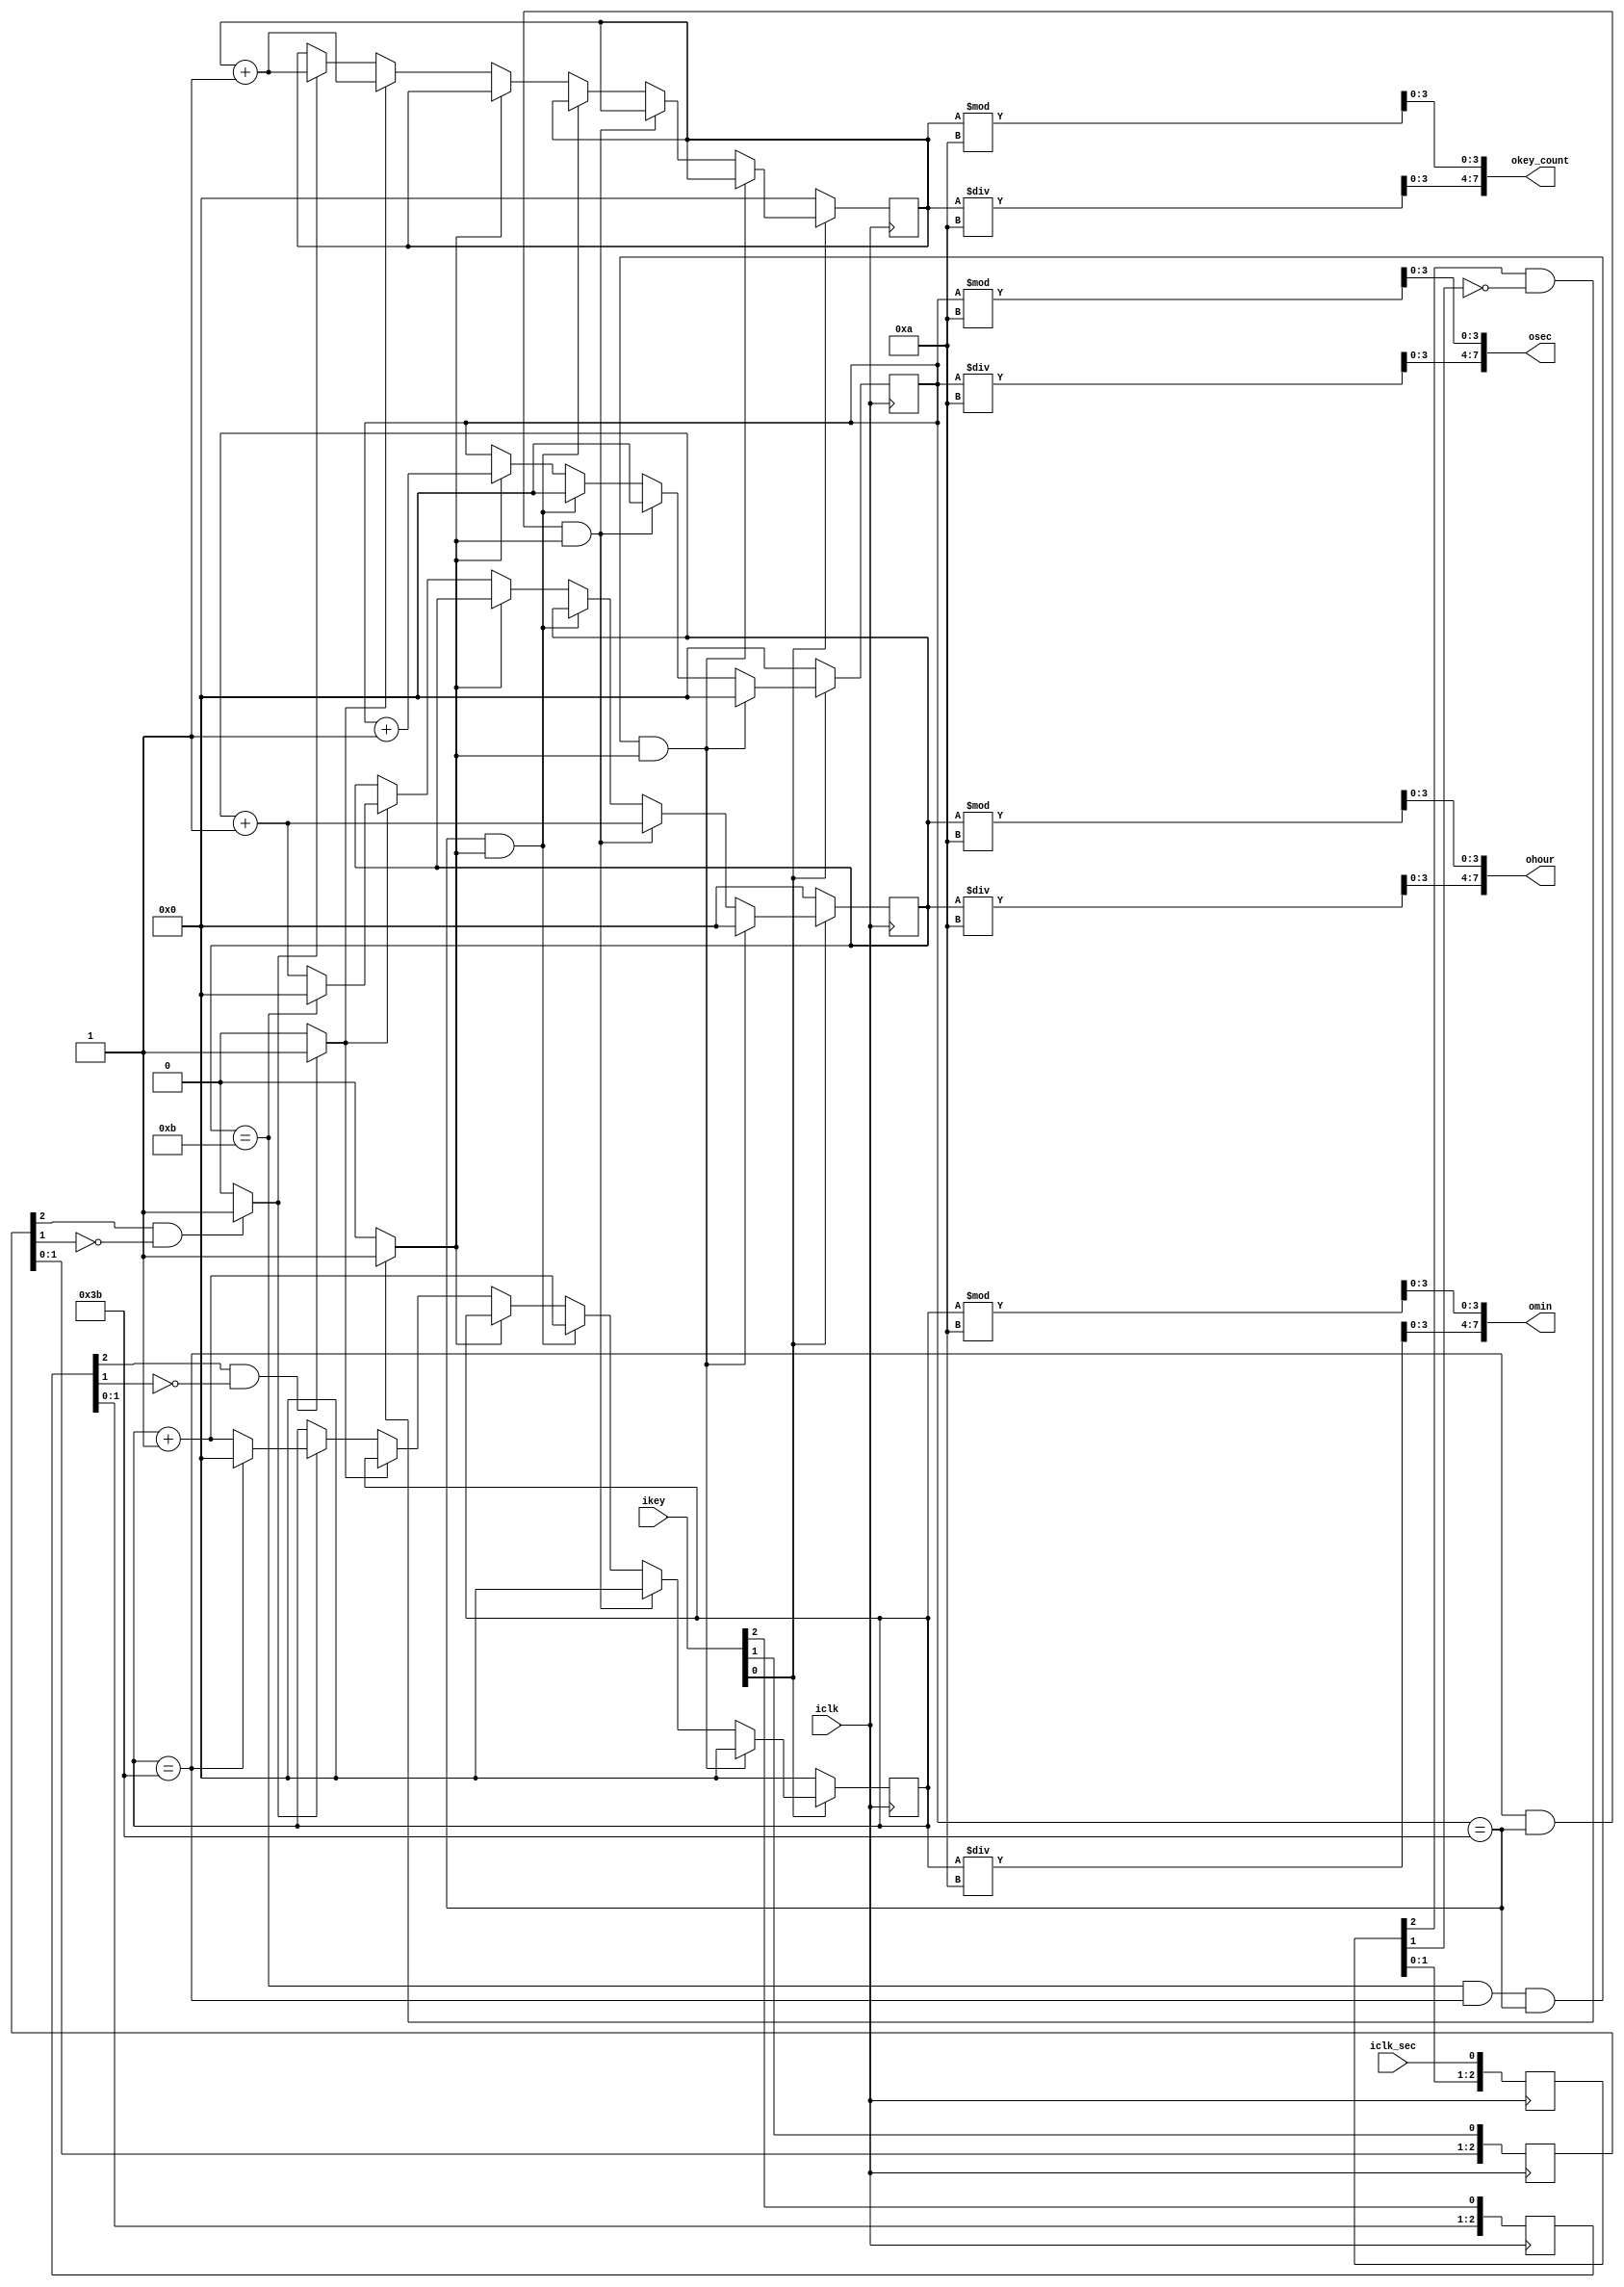
// clock_timer.v 
// clock_timer;
// iclk: basic clock, for example: 50 MHz
module clock_timer( iclk, iclk_sec, ikey, okey_count, ohour, omin, osec);

input iclk, iclk_sec;
input [4:0] ikey;
output [7:0] ohour, omin, osec, okey_count;

wire	key2_press, key1_press, clk_sec_edge;
reg [7:0] thour, tmin, tsec, tkey_count;
reg [2:0] key2_dly, key1_dly, clk_sec_dly;

// 16BCD
assign osec[3:0] = tsec%10;
assign osec[7:4] = tsec/10;

assign omin[3:0] = tmin%10;
assign omin[7:4] = tmin/10;

assign ohour[3:0] = thour%10;
assign ohour[7:4] = thour/10;

assign okey_count[3:0] = tkey_count%10;
assign okey_count[7:4] = tkey_count/10;

// edge detection key2, key1, clock_second 
assign key2_press = (key2_dly[2] && !key2_dly[1]) ? 1'b1:1'b0;
assign key1_press = (key1_dly[2] && !key1_dly[1]) ? 1'b1:1'b0;
assign clk_sec_edge = (clk_sec_dly[2] && !clk_sec_dly[1]) ? 1'b1:1'b0;

always @(posedge iclk)
begin
	// Chapter 2 edge detection
	key2_dly <= {key2_dly[1:0], ikey[2]};
	key1_dly <= {key1_dly[1:0], ikey[1]};
	clk_sec_dly <= {clk_sec_dly[1:0], iclk_sec};
		
	if (!ikey[0])
	begin
		thour <= 0;
		tmin <= 0;
		tsec <= 0;
		tkey_count <= 0;
	end
	else if (thour==11 && tmin==59 && tsec==59 && clk_sec_edge)
		begin
			thour <= 0;
			tmin <= 0;
			tsec <= 0;
		end
	else if (tmin==59 && tsec==59 && clk_sec_edge)
		begin
			thour <= thour+1;
			tmin <= 0;
			tsec <= 0;
		end
	else if (tsec == 59 && clk_sec_edge)
		begin
			tmin <= tmin+1;
			tsec <= 0;
		end
	else if (clk_sec_edge)
		tsec <= tsec + 1;
	else if (key2_press)
		begin
			tkey_count <= tkey_count+1'b1;
			if (thour==11) thour <= 0; else	thour <=thour+1;
		end
	else if (key1_press)
		begin
			tkey_count <= tkey_count+1'b1;
			if (tmin ==59) tmin<=0; else	tmin <= tmin+1;
		end		
end

endmodule